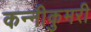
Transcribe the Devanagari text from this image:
कन्नीकुमरी